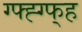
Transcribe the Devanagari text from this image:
ग्फ्ह्ग्फ्ह